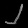
Digit: ၂